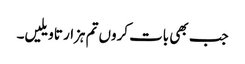
جب بھی بات کروں تم ہزار تاویلیں۔